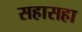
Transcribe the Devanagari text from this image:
सहासहा